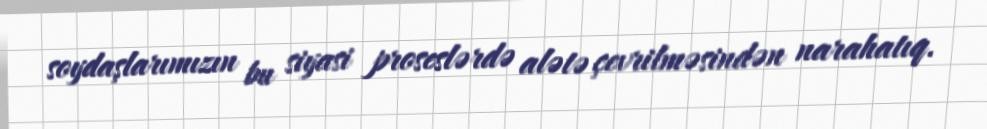
soydaşlarımızın bu siyasi proseslərdə alətə çevrilməsindən narahatıq.